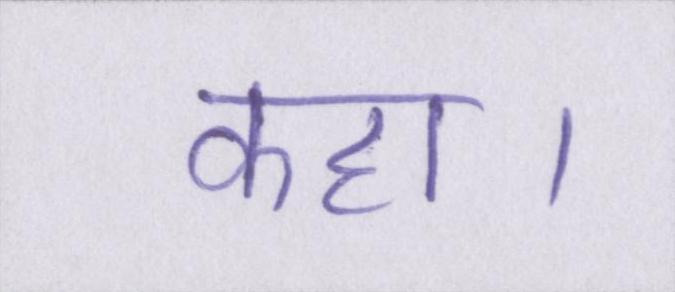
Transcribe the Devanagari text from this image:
कहा।